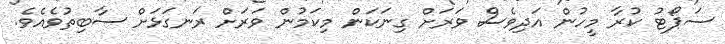
ސަޕޯޓު ކުރާ މީހުން އަދިވެސް ވަރަށް ގިނަކަން މިކަމުން ވަރަށް ރަނގަޅަށް ސާބިތުވެއެވެ.